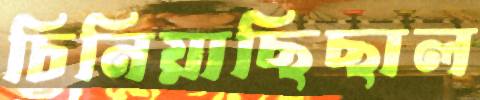
চিনিয়াছিছাল